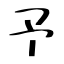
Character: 予